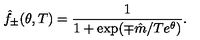
\hat { f } _ { \pm } ( \theta , T ) = \frac { 1 } { 1 + \exp ( \mp \hat { m } / T e ^ { \theta } ) } .